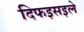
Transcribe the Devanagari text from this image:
दिफइसइले